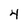
Character: 4